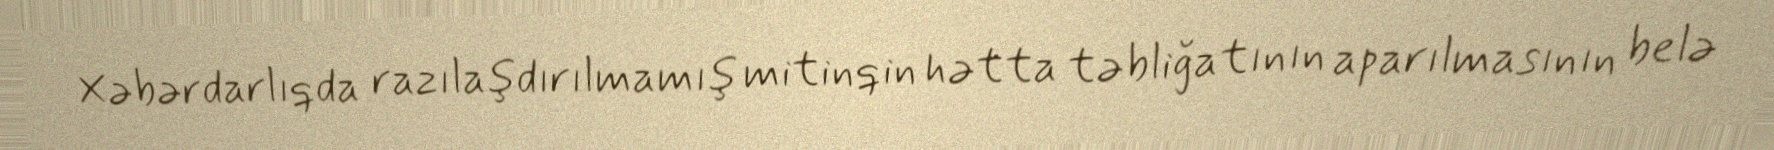
Xəbərdarlıqda razılaşdırılmamış mitinqin hətta təbliğatının aparılmasının belə